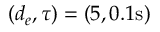
( d _ { e } , \tau ) = ( 5 , 0 . 1 \mathrm { s } )